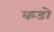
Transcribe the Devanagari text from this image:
कडो